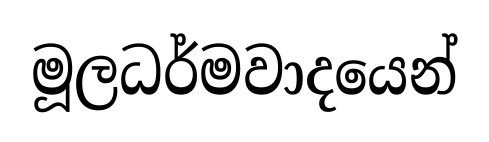
මූලධර්මවාදයෙන්